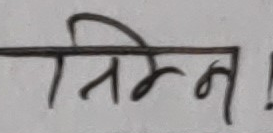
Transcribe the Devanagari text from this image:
निम्न